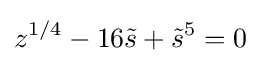
z^{1/4}-16{\tilde {s}}+{\tilde {s}}^{5}=0